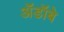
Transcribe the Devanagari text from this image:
ॲडॉबे